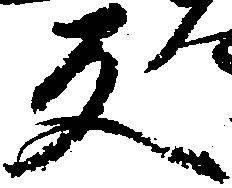
反